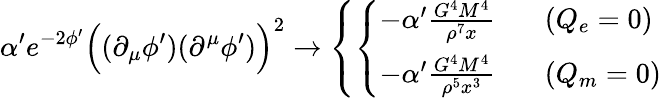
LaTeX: \alpha^{\prime}e^{-2\phi^{\prime}}\Bigl((\partial_{\mu}\phi^{\prime})(\partial^{\mu}\phi^{\prime})\Bigr)^{2}\rightarrow\left\{ \left\{ \begin{array}{ll}{{-\alpha^{\prime}\frac{G^{4}M^{4}}{\rho^{7}x}~~~}}&{{(Q_{e}=0)}}\\ {{-\alpha^{\prime}\frac{G^{4}M^{4}}{\rho^{5}x^{3}}~~~}}&{{(Q_{m}=0)}}\end{array}\right.\right.